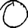
Digit: 0